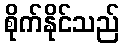
စိုက်နိုင်သည်